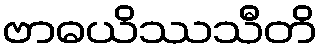
ဗာဓယိဿသီတိ